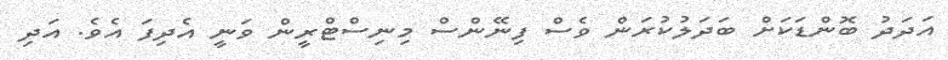
އަދަދު ބޮންޑަކަށް ބަދަލުކުރަން ވެސް ފިނޭންސް މިނިސްޓްރީން ވަނީ އެދިފަ އެވެ. އަދި